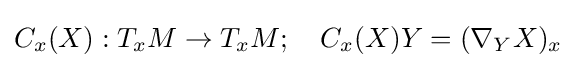
C_{x}(X):T_{x}M\to T_{x}M;\quad C_{x}(X)Y=(\nabla _{Y}X)_{x}